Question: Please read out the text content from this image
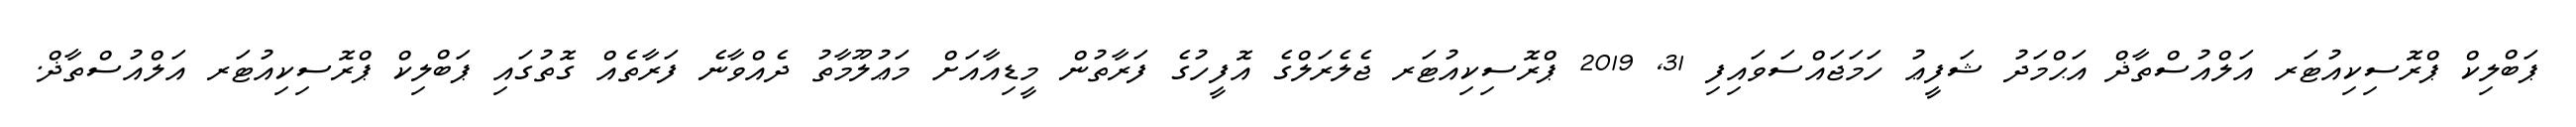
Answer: ޕަބްލިކް ޕްރޮސިކިއުޓަރ އަލްއުސްތާޛް އަޙްމަދު ޝަފީޢު ހަމަޖައްސަވައިފި 31, 2019 ޕްރޮސިކިއުޓަރ ޖެލެރަލްގެ އޮފީހުގެ ފަރާތުން މީޑިއާއަށް މަޢުލޫމާތު ދެއްވާނެ ފަރާތެއް ގޮތުގައި ޕަބްލިކް ޕްރޮސިކިއުޓަރ އަލްއުސްތާޛް.